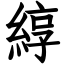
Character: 綧